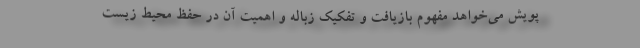
پویش می‌خواهد مفهوم بازیافت و تفکیک زباله و اهمیت آن در حفظ محیط زیست